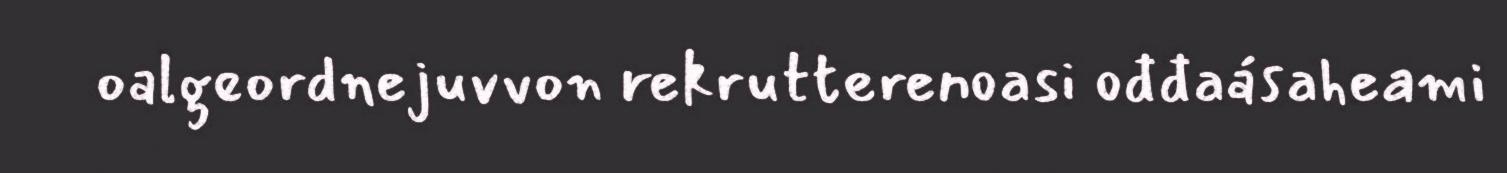
oalgeordnejuvvon rekrutterenoasi ođđaásaheami